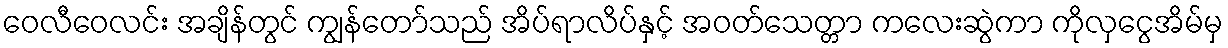
ဝေလီဝေလင်း အချိန်တွင် ကျွန်တော်သည် အိပ်ရာလိပ်နှင့် အဝတ်သေတ္တာ ကလေးဆွဲကာ ကိုလှငွေအိမ်မှ